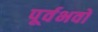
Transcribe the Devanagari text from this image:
पूर्वभवों